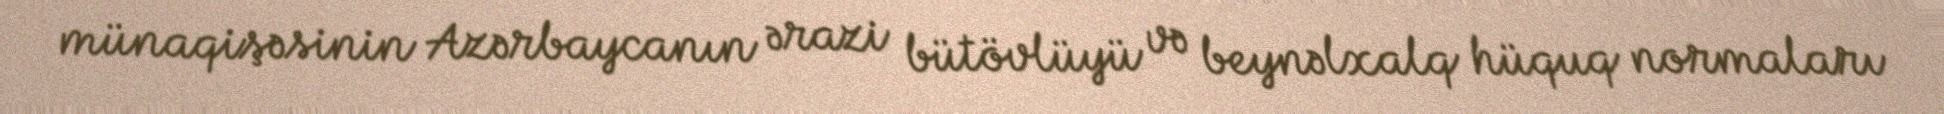
münaqişəsinin Azərbaycanın ərazi bütövlüyü və beynəlxalq hüquq normaları